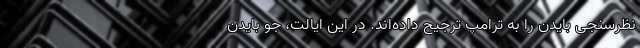
نظرسنجی بایدن را به ترامپ ترجیح داده‌اند. در این ایالت، جو بایدن